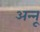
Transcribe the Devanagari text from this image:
अन्‍नू